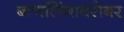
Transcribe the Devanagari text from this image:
बाणलिंगाबरोबर